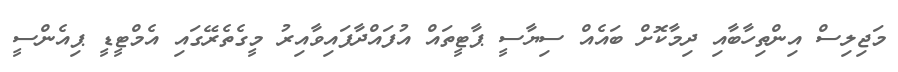
މަޖިލިސް އިންތިހާބާއި ދިމާކޮށް ބައެއް ސިޔާސީ ޕާޓީތައް އުފައްދާފައިވާއިރު މީގެތެރޭގައި އެމްޓީޑީ ޕިއެންސީ